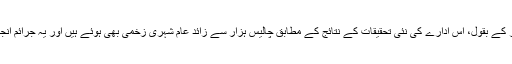
افغانستان میں انسانی حقوق کے کمیشن کی خاتون سربراہ سیما سمر کے بقول، اس ادارے کی نئی تحقیقات کے نتائج کے مطابق چالیس ہزار سے زائد عام شہری زخمی بھی ہوئے ہیں اور یہ جرائم انجام دینے والے عناصر داعش، طالبان گروہ اور غیرملکی فوجی ہیں۔